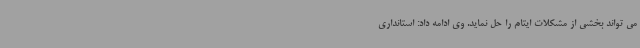
می تواند بخشی از مشکلات ایتام را حل نماید. وی ادامه داد: استانداری